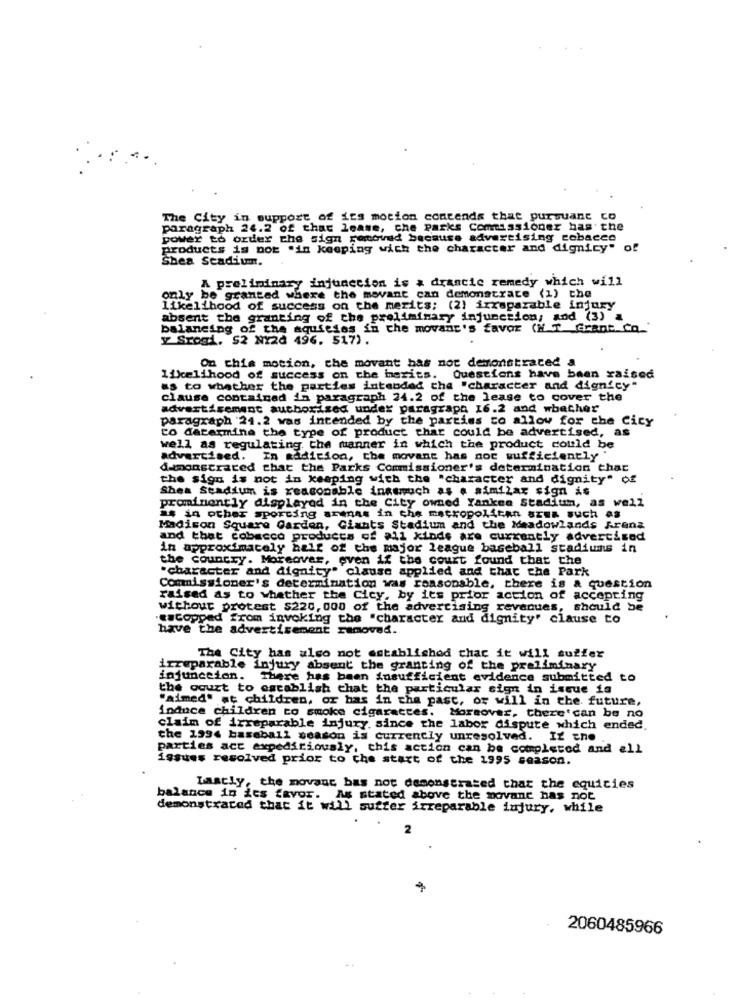
The City in support of ies motion contends that pursuant co
paragraph 24.2 of that lease, che parks Commissioner has the
power to order the sign removed because advertising cobacce
products is not .in keeping with the character and dignity" of
Shea Stadiumm.
A preliminary injunction is & drancic remedy which will
only be granted where the movant can demonstrate (1) che
likelihood of success on the merits: (2) irreparable injury
absent the granting of the preliminary injunction; and (3) a
balancing of the aquities in the movant's favor (NT_Grant Co
y Srogi. 52 NY20 496. 517).
On this motion, che movant bas not demonstrated a
likelihood of success on the merits. Questions have been raised
as to whether the parties intended che "character and dignicy"
clause contained in paragraph 24.2 of the lease to cover the
advertisement authorised under paragraph 16.2 and whether
paragraph 24.2 was intended by the parties to allow for the City
Co datermina the type of product that could be advertised, as
well as regulating the manner in which the product could be
advertised.
In addition, the movant has noc sufficiently"
demonstrated that the Parks Commissioner's determination that
the sign is not in keeping with the "character and dignity" of
Shea Stadium is reasonable inasmuch as . similar sign is
prominently displayed in the City owned Yankee Stadium, as well
#4 in other sporting anmas in che metropolitan area such as
Madison Square Garden, Giants Stadium and the Meadowlands Arana
and that cobacco products of all kinds are currently advertised
in approximately half of the major league baseball stadiums in
the country. Moreover, even if the court found that the
"character and dignity" clause applied and that the Park
Commissioner's determination was reasonable, there is a question
raised as to whether the Cicy, by its prior action of accepting
without protest $220, 000 of the advertising revenues, should be
estopped from invoking the "character and dignity" clause to
have the advertisement removed.
The City has also not established chac it will suffer
irreparable injury absent the granting of the preliminary
injunction. There has been insufficient evidence submitted to
the court to establish chat the particular sign in issue in
"aimed' at children, or has in cha pasc, or will in the future,
induce children to smoke cigaracces. Moreover, there'can be no
claim of irreparable injury, since the labor dispute which ended.
the 1994 baseball season is currently unresolved. If the
parties acc expediriously, this action can be completed and all
issues resolved prior to the start of the 1995 season.
Lastly, the movant bas not demonstrated that the equities
balance in its favor. As stated above the novane has not
demonstrated that it will suffer irreparable injury, while
2
2060485966